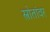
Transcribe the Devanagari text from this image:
स्त्रोतांवर